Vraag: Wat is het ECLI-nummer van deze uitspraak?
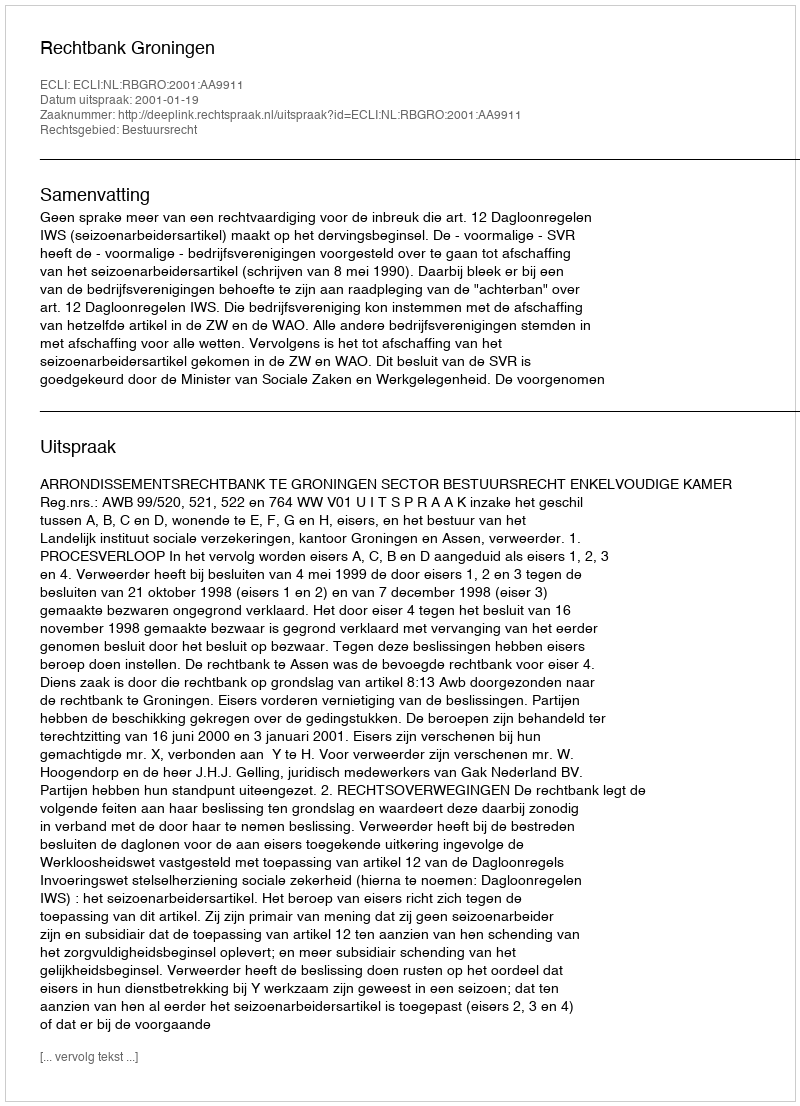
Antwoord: ECLI:NL:RBGRO:2001:AA9911